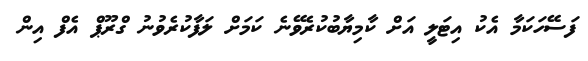
ފަސޭހަކަމާ އެކު އިޓަލީ އަށް ކާމިޔާބުކުރެވޭނެ ކަމަށް ލަފާކުރެވުނު ގްރޫޕް އެފް އިން